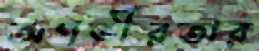
অগভীরতার